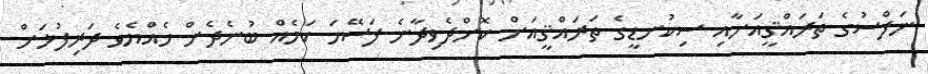
ނަފްސުގެ ތަރައްޤީއަށާއި ސިކުނޑީގެ ތަރައްޤީއަށް ކޮށްދެވިދާނެ ފަސޭހަ ކަމެއް ބުނެދެން ހެއްޔެވެ ދަރިފުޅަށް